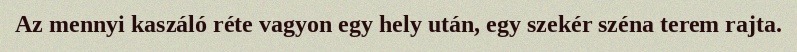
Az mennyi kaszáló réte vagyon egy hely után, egy szekér széna terem rajta.